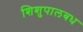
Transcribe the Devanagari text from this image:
शिशुपालबध